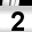
Digit: 2